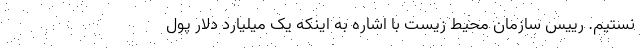
نستیم. رییس سازمان محیط زیست با اشاره به اینکه یک میلیارد دلار پول